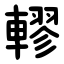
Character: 轇